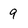
Character: 9